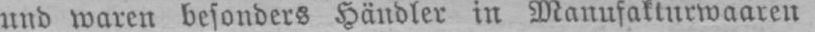
und waren besonders Händler in Manufakturwaaren